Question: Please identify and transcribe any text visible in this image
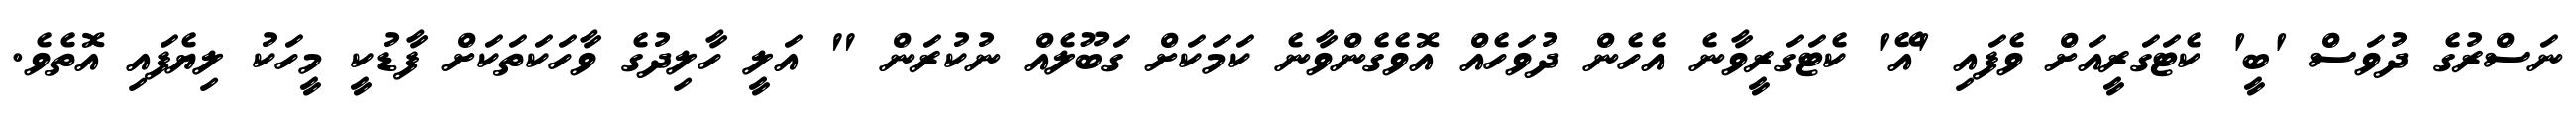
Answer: ނަސްރުގެ ދުވަސް 'ބީ' ކެޓަގަރީއަށް ވެފައި 'އޭ' ކެޓަގަރީވާނެ އެހެން ދުވަހެއް އޮވެގެންވާނެ ކަމަކަށް ގަބޫލެއް ނުކުރަން " އަލީ ހާލިދުގެ ވާހަކަތަކަށް ފާޑުކީ މީހަކު ލިޔެފައި އޮތެވެ.